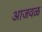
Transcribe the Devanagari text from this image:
आजवळ